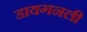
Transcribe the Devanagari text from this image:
डायगनली